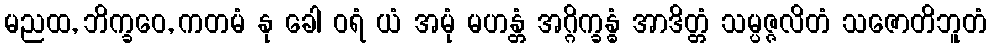
မညထ, ဘိက္ခဝေ, ကတမံ နု ခေါ ဝရံ ယံ အမုံ မဟန္တံ အဂ္ဂိက္ခန္ဓံ အာဒိတ္တံ သမ္ပဇ္ဇလိတံ သဇောတိဘူတံ